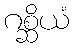
ဂစ္ဆိယံ